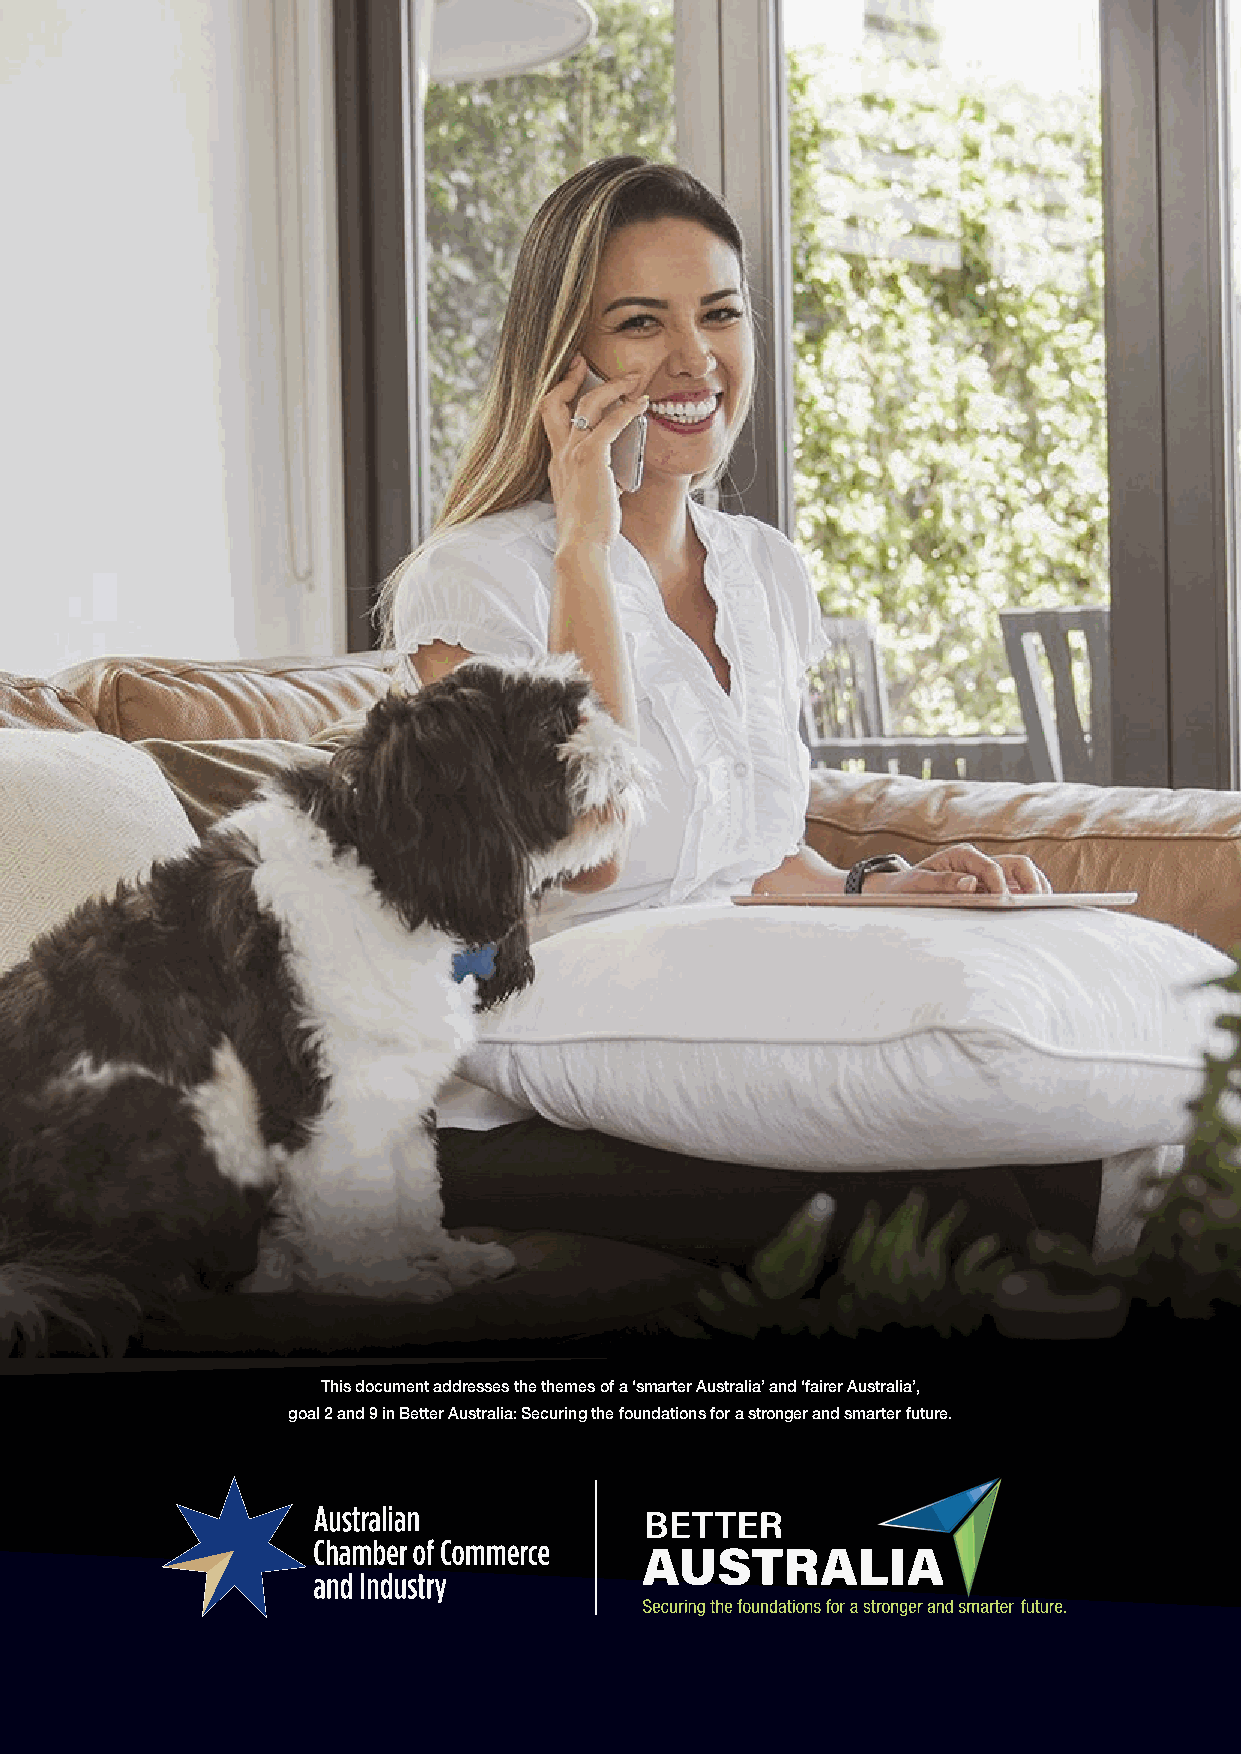
This document addresses the themes of a ‘smarter Australia’ and ‘fairer Australia’,
 goal 2 and 9 in Better Australia: Securing the foundations for a stronger and smarter future.
 28